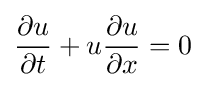
{\frac {\partial u}{\partial t}}+u{\frac {\partial u}{\partial x}}=0